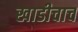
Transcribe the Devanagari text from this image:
खाडीचाच